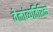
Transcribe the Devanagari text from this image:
वेळांव्यतिरिक्त